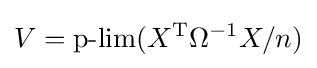
V=\operatorname {p-lim} (X^{\operatorname {T} }\Omega ^{-1}X/n)